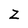
Character: Z